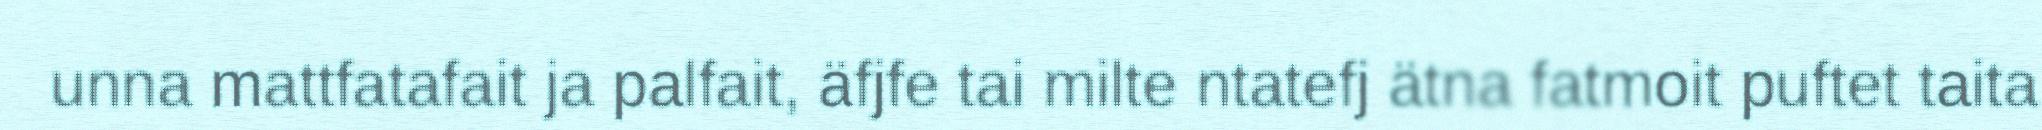
unna mattfatafait ja palfait, äfjfe tai milte ntatefj ätna fatmoit puftet taita